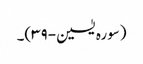
(سورہ یٰسین-۳۹)۔